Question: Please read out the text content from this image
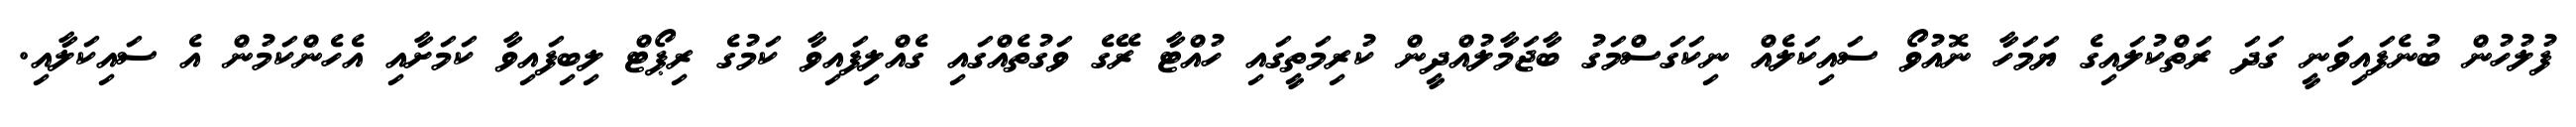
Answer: ފުލުހުން ބުނެފައިވަނީ ގަދަ ރަތްކުލައިގެ ޔަމަހާ ނޮއުވޯ ސައިކަލެއް ނިކަގަސްމަގު ބާޖަމާލުއްދީން ކުރިމަތީގައި ހުއްޓާ ރޭގެ ވަގުތެއްގައި ގެއްލިފައިވާ ކަމުގެ ރިޕޯޓް ލިބިފައިވާ ކަމަށާއި އެހެންކަމުން އެ ސައިކަލާއި.